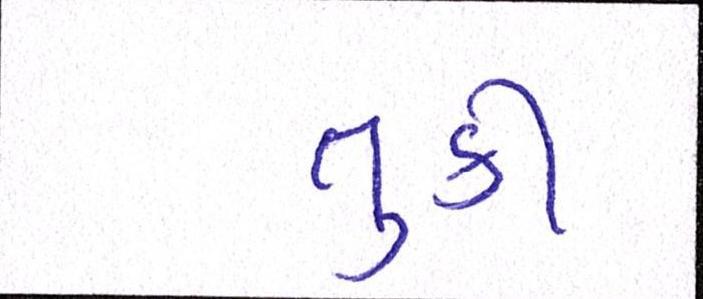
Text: તુર્કી